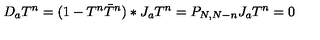
D _ { a } T ^ { n } = ( 1 - T ^ { n } \bar { T } ^ { n } ) * J _ { a } T ^ { n } = P _ { N , N - n } J _ { a } T ^ { n } = 0